Report of the Indian Hemp Drugs Commission, 1894-1895 - Volume III
Year: 1894
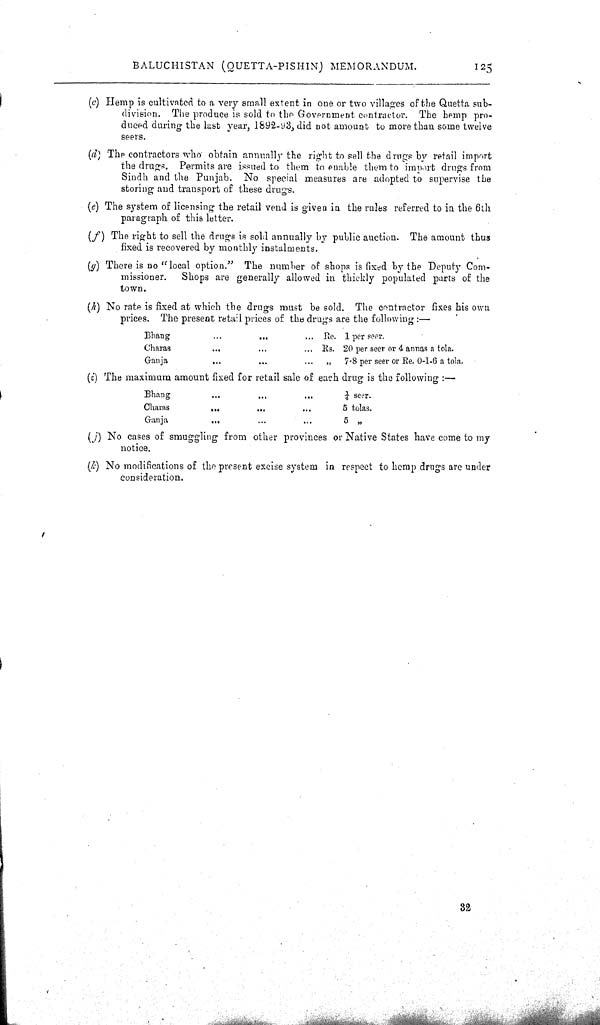
BALUCHISTAN (QUETTA-PISHIN) MEMORANDUM.
125
(c) Hemp is cultivated to a very small extent in one or two villages of the Quetta sub-
division. The produce is sold to the Government contractor. The hemp pro-
duced during the last year, 1892-93, did not amount to more than some twelve
seers.
(d) The contractors who obtain annually the right to sell the drugs by retail import
the drugs. Permits are issued to them to enable them to import drugs from
Sindh and the Punjab. No special measures are adopted to supervise the
storing and transport of these drugs.
(e) The system of licensing the retail vend is given in the rules referred to in the 6th
paragraph of this letter.
(f) The right to sell the drugs is sold annually by public auction. The amount thus
fixed is recovered by monthly instalments.
(g) There is no "local option." The number of shops is fixed by the Deputy Com-
missioner.
Shops are generally allowed in thickly populated parts of the
town.
(h) No rate is fixed at which the drugs must be sold. The contractor fixes his own
prices. The present retail prices of the drugs are the following:—
Bhang
Re. 1 per seer.
Charas
Rs. 20 per seer or 4 annas a tola.
Ganja
"
7.8 per seer or Re. 0-1.6 a tola.
(i) The maximum amount fixed for retail sale of each drug is the following:—
Bhang
1/4 seer.
Charas
5 tolas.
Ganja
5 "
(j) No cases of smuggling from other provinces or Native States have come to my
notice.
(k) No modifications of the present excise system in respect to hemp drugs are under
consideration.